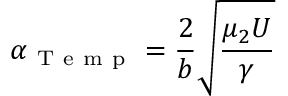
\alpha _ { \mathrm { ~ T ~ e ~ m ~ p ~ } } = \frac { 2 } { b } \sqrt { \frac { \mu _ { 2 } U } { \gamma } }